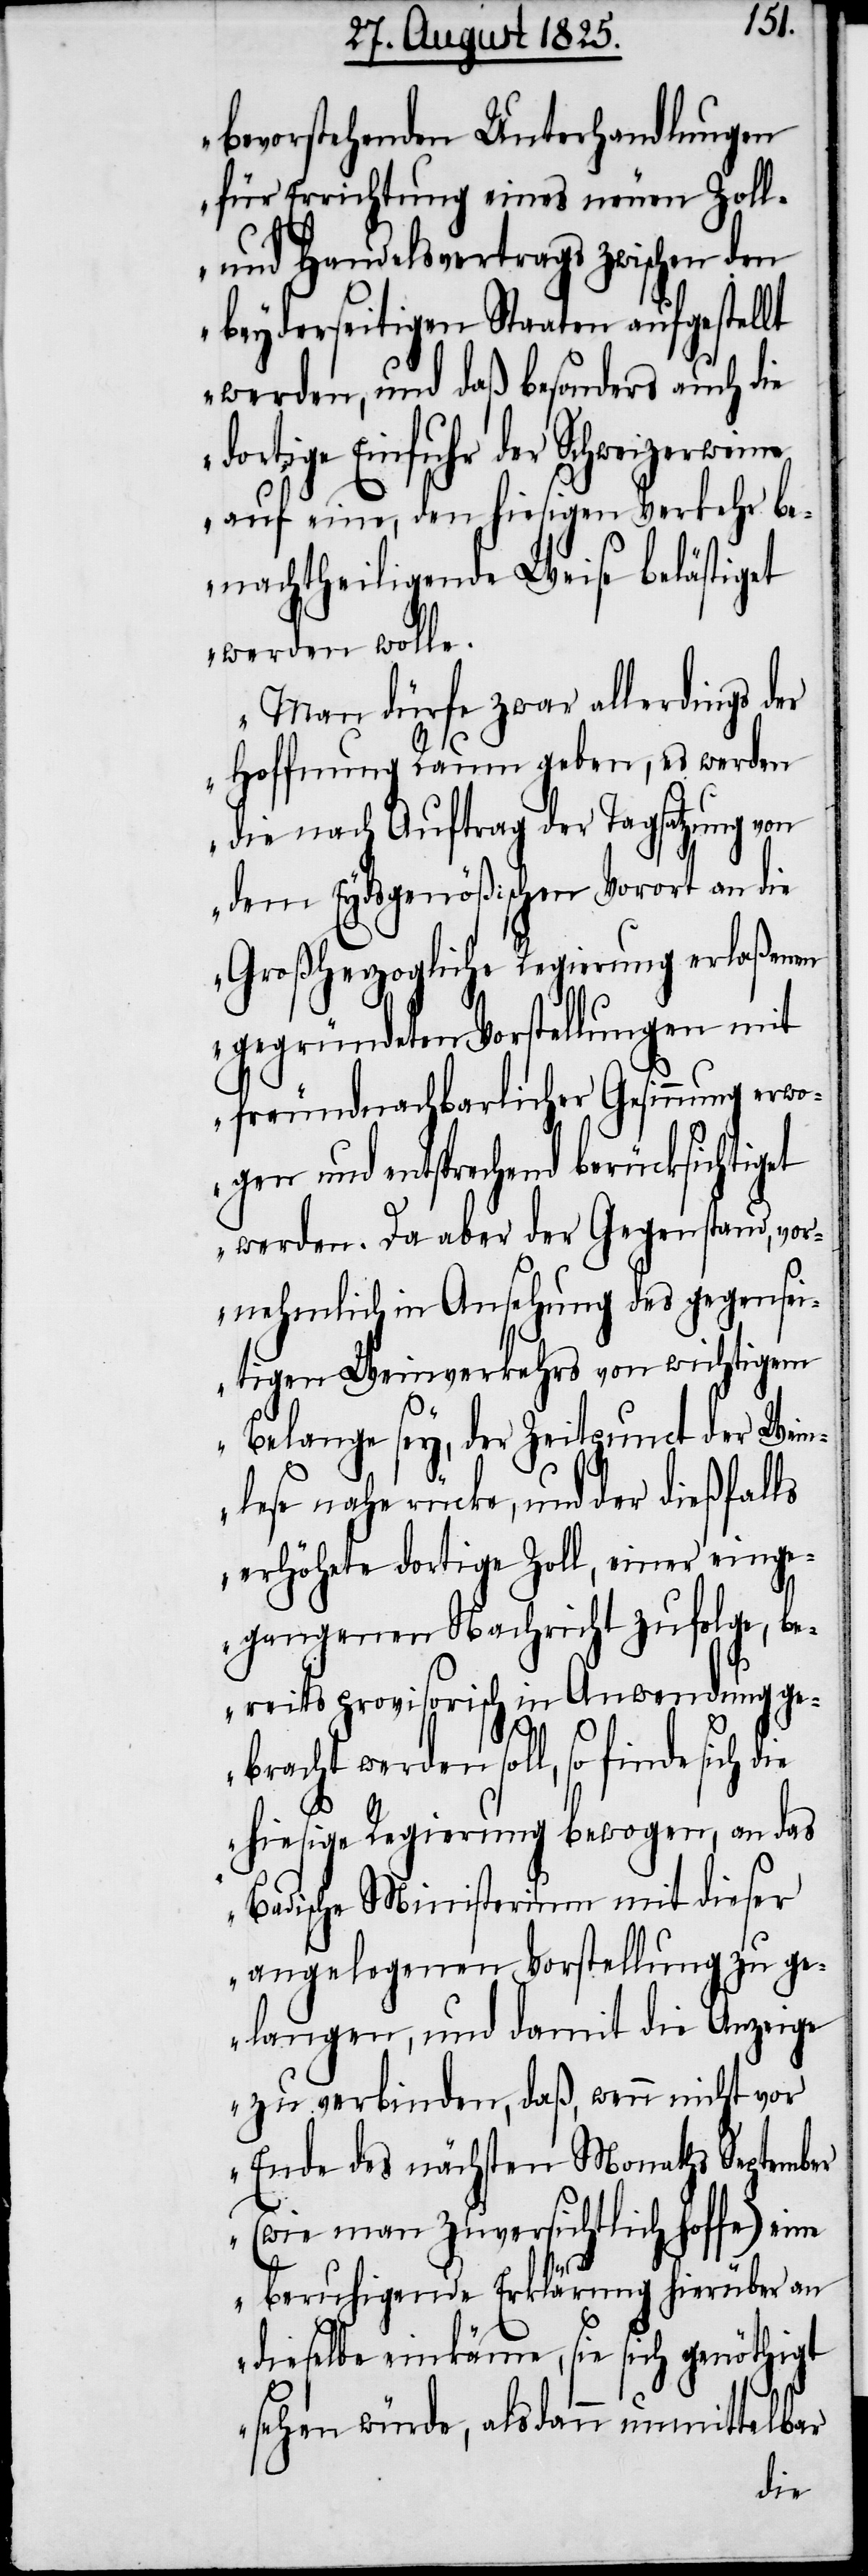
bevorstehenden Unterhandlungen
für Errichtung eines neuen Zoll-
und Handelsvertrags zwischen den
beyderseitigen Staaten aufgestellt
werden, und daß besonders auch die
Schweizerweine
auf eine, den hiesigen Verkehr be¬
nachtheiligende Weise belästiget
werden wolle.
Man dürfe zwar allerdings der
Hoffnung Raum geben, es werden
die nach Auftrag der Tagsatzung von
dem Eydsgenößischen Vorort an die
Großherzogliche Regierung erlaßenen
gegründeten Vorstellungen mit
freundnachbarlicher Gesinnung erwo¬
gen und entsprechend berücksichtiget
werden. Da aber der Gegenstand, vor¬
nehmlich in Ansehung des gegensei¬
tigen Weinverkehrs von wichtigem
Belange sey, der Zeitpunct der Wein¬
lese nahe rücke, und der dießfalls
erhöhete dortige Zoll, einer eing¬
egangenen Nachricht zufolge, be¬
reits provisorisch in Anwendung ge¬
bracht werden soll, so finde
hiesige Regierung bewogen, an das
Badische Ministerium mit dieser
angelegenen Vorstellung zu ge¬
langen, und damit die Anzeige
zu verbinden, daß, wenn nicht vor
Ende des nächsten Monaths September
(wie man Zuversichtlich hoffe) ei¬
ne beruhigende Erklärung hierüber an
dieselbe einkäme, sie sich genöthigt
sehen würde, als dann unmittelbar
die